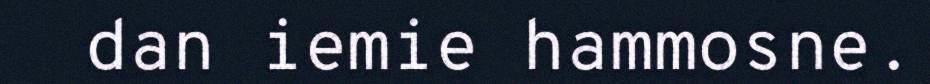
dan iemie hammosne.